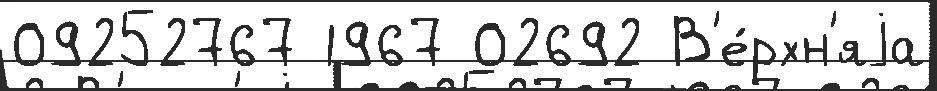
09252767 1967 02692 В'е́рхн'яjа